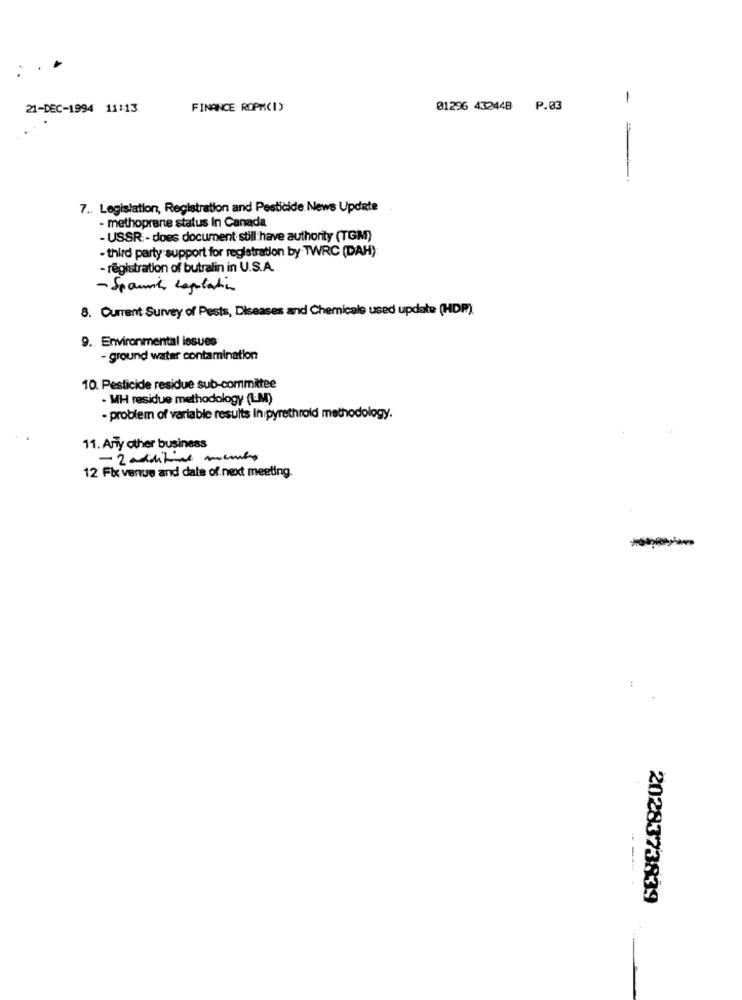
:..
21-DEC-1994 11:13
FINANCE ROPMCIY
01296 432448 P.03
7 .. Legislation, Registration and Pesticide News Update
- methoprene status In Canada
- USSR - does document still have authority (TGM)
- third party support for registration by TWRC (DAH):
- registration of butralin in U.S.A.
- Spannt Logolatin
8. Current Survey of Pests, Diseases and Chemicals used update (HDP)
9. Environmental issues
-ground water contamination
10. Pesticide residue sub-committee
· MH residue methodology (LM)
- problem of variable results In pyrethroid methodology.
11. Any other business
- 2 additive membro
12 Fix venue and date of next meeting.
--
2028373839